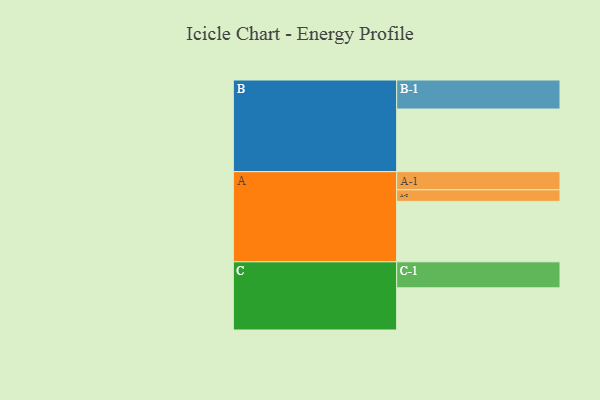
{"axis": {"x": "Segment", "y": "Value"}, "legend": ["", "A", "B", "C"], "data": [{"x": "A", "y": 443, "type": ""}, {"x": "B", "y": 459, "type": ""}, {"x": "C", "y": 309, "type": ""}, {"x": "A-1", "y": 133, "type": "A"}, {"x": "A-2", "y": 85, "type": "A"}, {"x": "B-1", "y": 213, "type": "B"}, {"x": "C-1", "y": 191, "type": "C"}]}